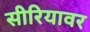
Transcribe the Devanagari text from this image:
सीरियावर